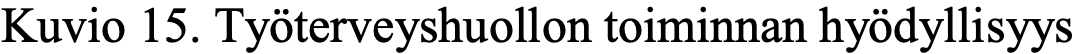
Kuvio 15. Työterveyshuollon toiminnan hyödyllisyys